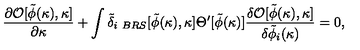
{ \frac { \partial { \cal O } [ \tilde { \phi } ( \kappa ) , \kappa ] } { \partial \kappa } } + \int \tilde { \delta } _ { i \ B R S } [ \tilde { \phi } ( \kappa ) , \kappa ] \Theta ^ { \prime } [ \tilde { \phi } ( \kappa ) ] { \frac { \delta { \cal O } [ \tilde { \phi } ( \kappa ) , \kappa ] } { \delta \tilde { \phi } _ { i } ( \kappa ) } } = 0 ,